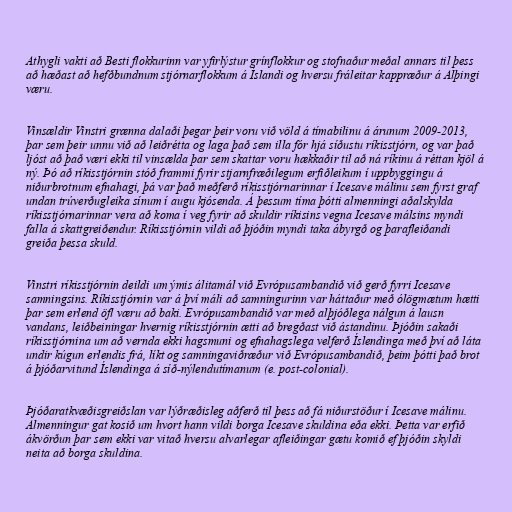
Athygli vakti að Besti flokkurinn var yfirlýstur grínflokkur og stofnaður meðal annars til þess
að hæðast að hefðbundnum stjórnarflokkum á Íslandi og hversu fráleitar kappræður á Alþingi
væru.

Vinsældir Vinstri grænna dalaði þegar þeir voru við völd á tímabilinu á árunum 2009-2013,
þar sem þeir unnu við að leiðrétta og laga það sem illa fór hjá síðustu ríkisstjórn, og var það
ljóst að það væri ekki til vinsælda þar sem skattar voru hækkaðir til að ná ríkinu á réttan kjöl á
ný. Þó að ríkisstjórnin stóð frammi fyrir stjarnfræðilegum erfiðleikum í uppbyggingu á
niðurbrotnum efnahagi, þá var það meðferð ríkisstjórnarinnar í Icesave málinu sem fyrst graf
undan trúverðugleika sínum í augu kjósenda. Á þessum tíma þótti almenningi aðalskylda
ríkisstjórnarinnar vera að koma í veg fyrir að skuldir ríkisins vegna Icesave málsins myndi
falla á skattgreiðendur. Ríkisstjórnin vildi að þjóðin myndi taka ábyrgð og þarafleiðandi
greiða þessa skuld.

Vinstri ríkisstjórnin deildi um ýmis álitamál við Evrópusambandið við gerð fyrri Icesave
samningsins. Ríkisstjórnin var á því máli að samningurinn var háttaður með ólögmætum hætti
þar sem erlend öfl væru að baki. Evrópusambandið var með alþjóðlega nálgun á lausn
vandans, leiðbeiningar hvernig ríkisstjórnin ætti að bregðast við ástandinu. Þjóðin sakaði
ríkisstjórnina um að vernda ekki hagsmuni og efnahagslega velferð Íslendinga með því að láta
undir kúgun erlendis frá, líkt og samningaviðræður við Evrópusambandið, þeim þótti það brot
á þjóðarvitund Íslendinga á síð-nýlendutímanum (e. post-colonial).

Þjóðaratkvæðisgreiðslan var lýðræðisleg aðferð til þess að fá niðurstöður í Icesave málinu.
Almenningur gat kosið um hvort hann vildi borga Icesave skuldina eða ekki. Þetta var erfið
ákvörðun þar sem ekki var vitað hversu alvarlegar afleiðingar gætu komið ef þjóðin skyldi
neita að borga skuldina.